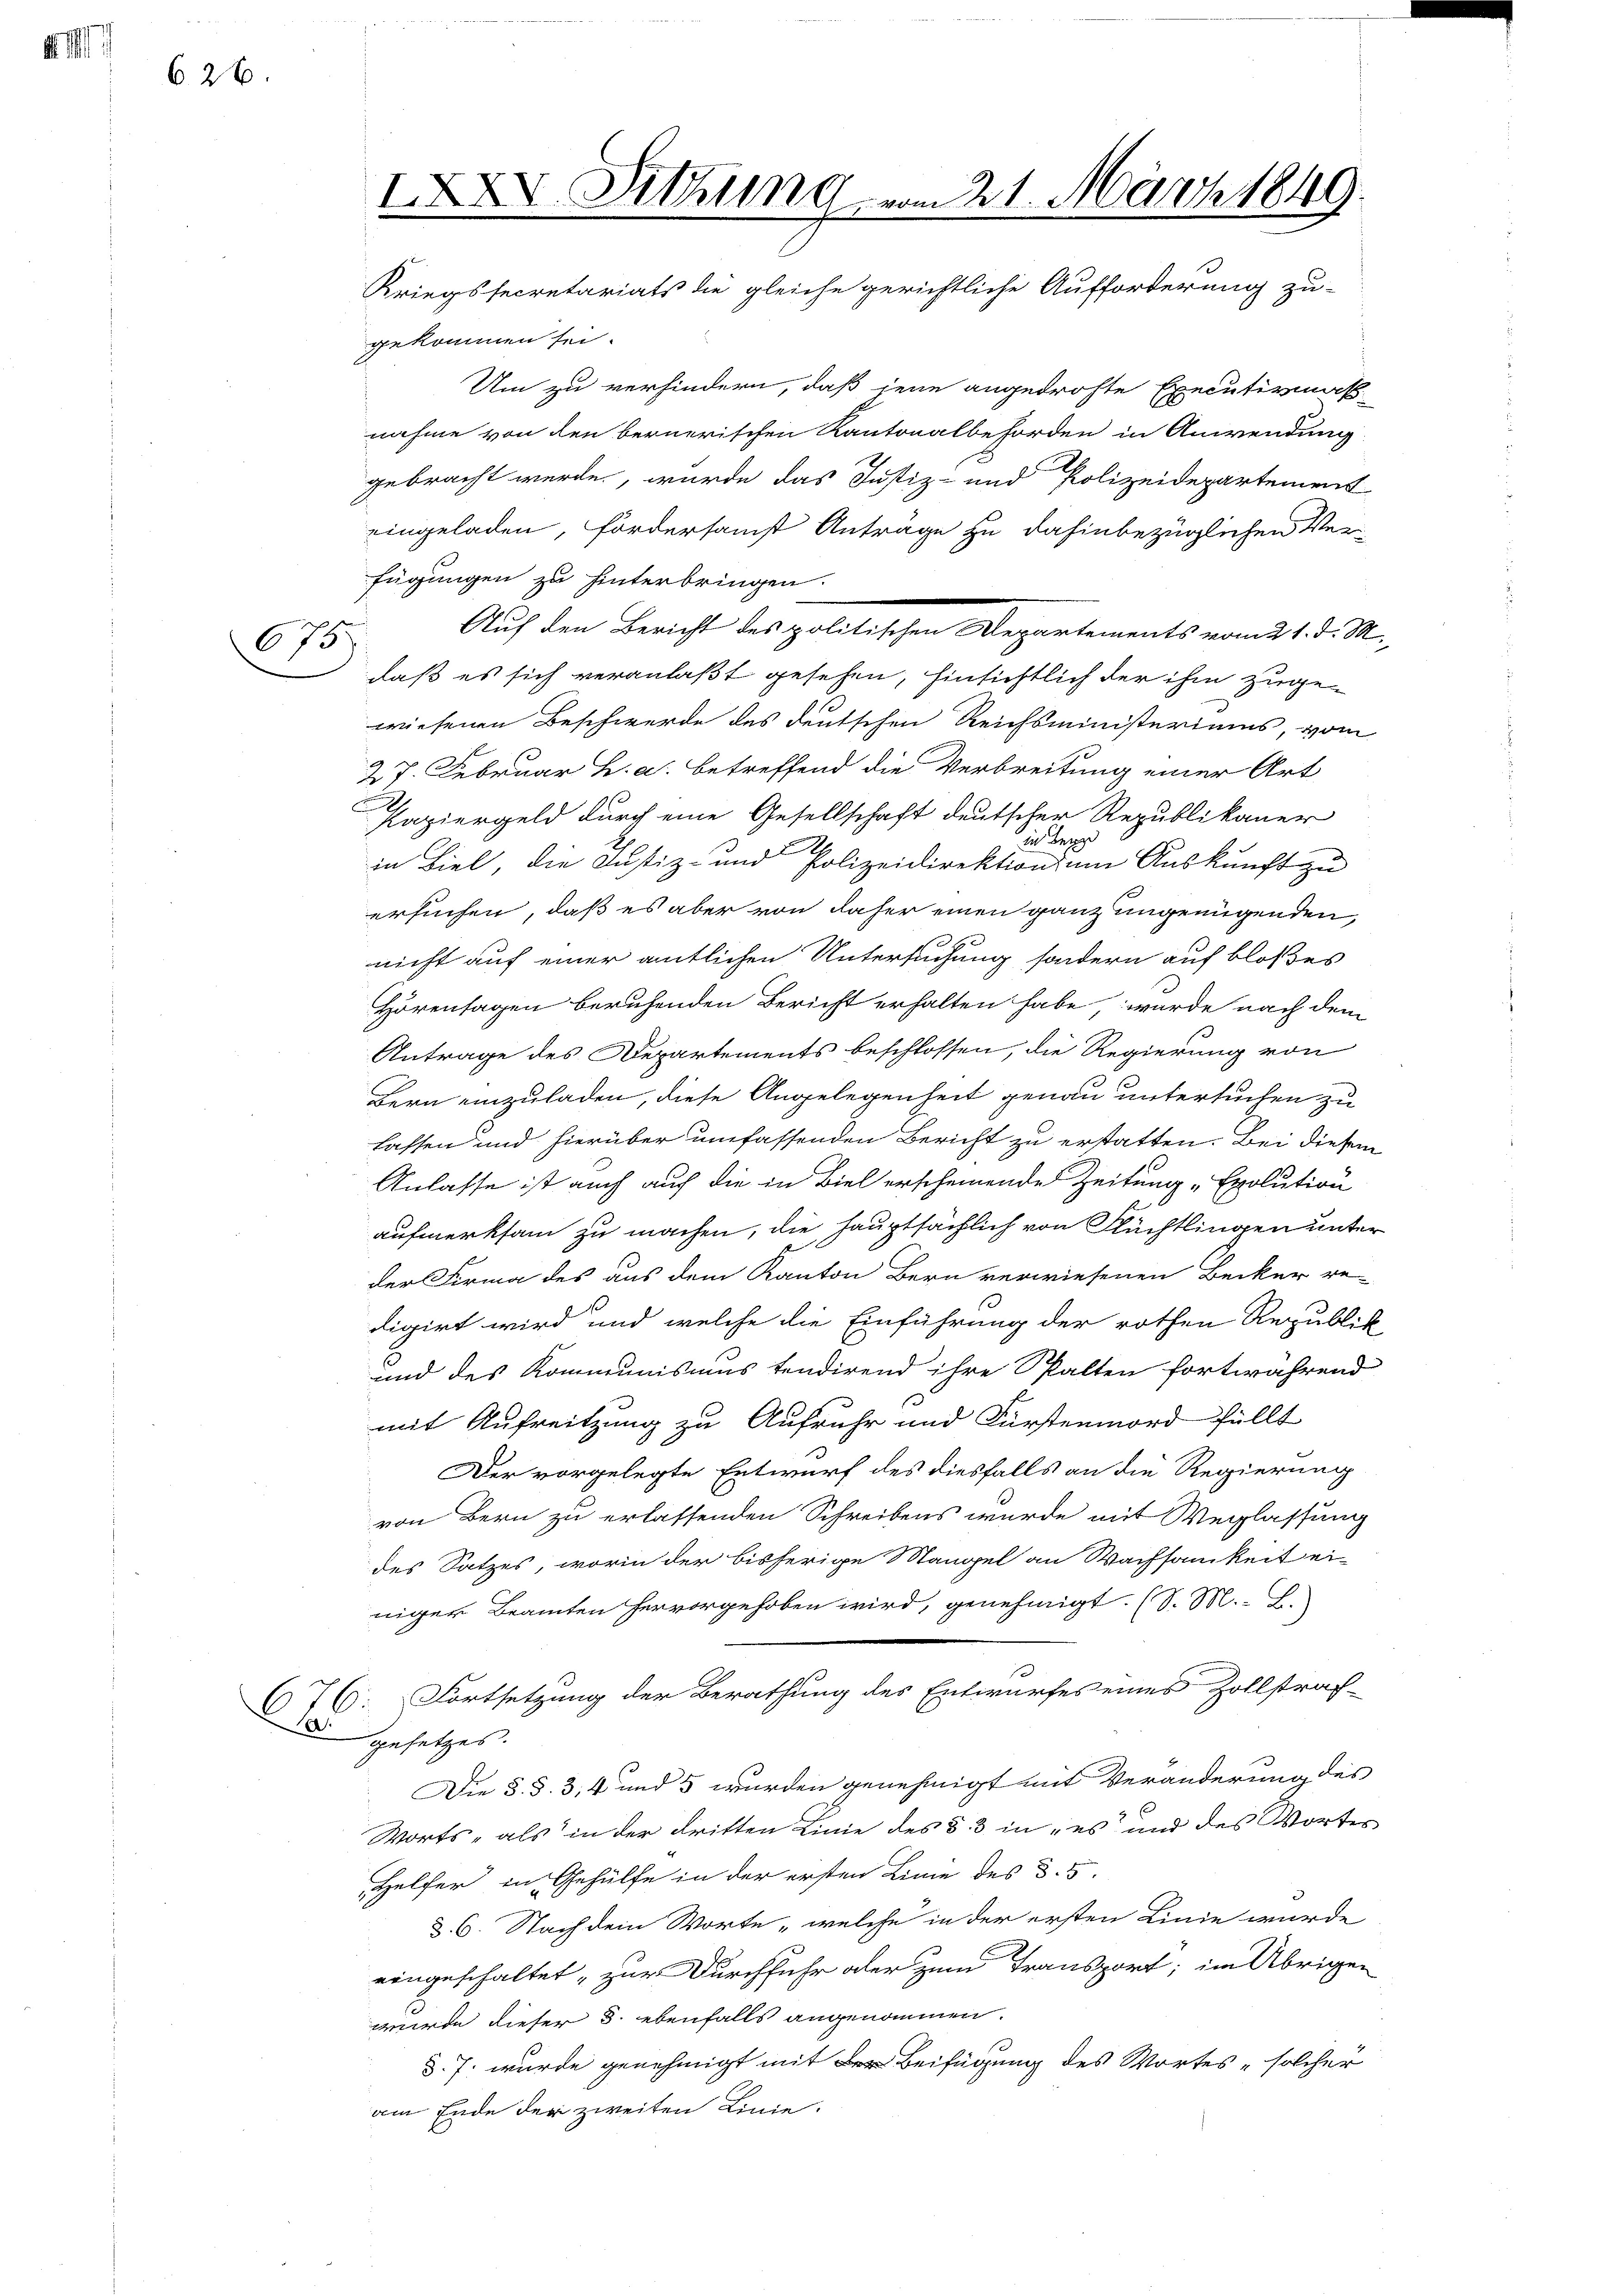
626.

Da.

675

gekommen sei.
Um zu verhindern, daß jene angedrohte Executivmak
nahme von den bernerischen Kantonalbehörden in Anwendung
gebracht werde, wurde das Justiz- und Polizeidepartement
eingeladen, fordersamst Anträge zu dahinbezüglichen Verfügungen zu hinterbringen.
daß es sich veranlaßt gesehen, hinsichtlich der ihm zuge
wiesenen Beschwerde des deutschen Reichsministeriums, vom
27. Februar h. a. betreffend die Verbreitung einer Art
Papiergeld durch eine Gesellschaft deutscher Republikaner
in Berge
in Biel, die Justiz- und Polizeidirektion um Auskunft zu
ersuchen, daß es aber von daher einen ganz ungenügenden,
nicht auf einer amtlichen Untersuchung sondern auf bloßes
Hörentagen beruhenden Bericht erhalten habe, wurde nach dem
Antrage des Departements beschlossen, die Regierung von
Bern einzuladen, diese Angelegenheit genau untersuchen zu
fassen und hierüber umfassenden Bericht zu erstatten. Bei diesem
Anlasse ist auch auf die in Biel erscheinende Zeitung „Exolution
aufmerksam zu machen, die hauptsächlich von Flüchtlingen unter
der Firma des aus dem Kanton Bern verwiesenen Becker re-
digirt wird und welche die Einführung der rothen Republi-
und des Kommunismus tendirend ihre Spalten fortwährend
mit Aufreitzung zu Aufruhr und Fürstenmord füllt
Der vorgelegte Entwurf des diesfalls an die Regierung
von Bern zu erlassenden Schreibens wurde mit Weglassung
des Satzes, worin der bisherige Mangel an Wachsamkeit ei-
niger Beamten hervorgehoben wird, genehmigt. (S. M. L.
76. Fortsetzung der Berathung des Entwurfes eines Zollstraf-
gesetzes.
Die §. §. 3, 4 und 5 wurden genehmigt mit Veränderung des
Worts- als in der dritten Linie des §. 3 in „es und des Worter
Helfer in Gehülfe in der ersten Linie des 3. 5.
§. 6. Nach dem Worte „welche in der ersten Linie wurde
eingeschaltet, zur Durchfuhr oder zum Transport; im Übrigen
wurde dieser §. ebenfalls angenommen.
d.J. wurde genehmigt mit Beifügung des Wortes solcher
am Ende der zweiten Linie.

IXXV. Sitzung vom 21. März 1849.
Kriegssecretariats die gleiche gerichtliche Aufforderung zu-

Auf den Bericht des politischen Departements vom 21. d. M.

2